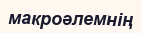
макроәлемнің